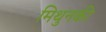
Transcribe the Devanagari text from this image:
मिथुनकी